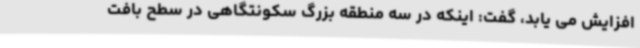
افزایش می یابد، گفت: اینکه در سه منطقه بزرگ سکونتگاهی در سطح بافت